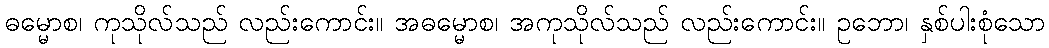
ဓမ္မောစ၊ ကုသိုလ်သည် လည်းကောင်း။ အဓမ္မောစ၊ အကုသိုလ်သည် လည်းကောင်း။ ဥဘော၊ နှစ်ပါးစုံသော